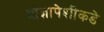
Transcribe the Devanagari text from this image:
आज्ञापेशीकडे